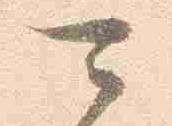
可